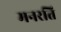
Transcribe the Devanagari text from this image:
मनरति